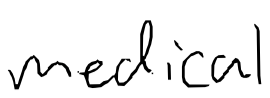
Text: medical
Cross-out: clean
Writing tool: digital_black